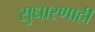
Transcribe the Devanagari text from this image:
सुधारणाही